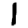
Digit: 1